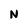
Character: N